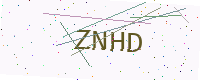
Text: ZNHD